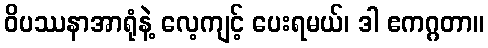
ဝိပဿနာအာရုံနဲ့ လေ့ကျင့် ပေးရမယ်၊ ဒါ ဧကဂ္ဂတာ။